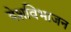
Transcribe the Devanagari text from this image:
देशविभाजन